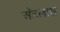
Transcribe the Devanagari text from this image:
अॅटलास